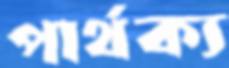
পার্থক্য